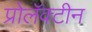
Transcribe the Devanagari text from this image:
प्रोलॅक्टीन